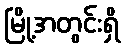
မြို့အတွင်းရှိ